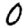
Digit: 0